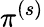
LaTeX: \pi^{(s)}